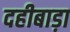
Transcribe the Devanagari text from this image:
दहीबाड़ा